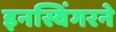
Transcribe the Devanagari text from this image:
इनस्विंगरने